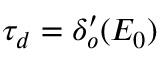
\tau _ { d } = \delta _ { o } ^ { \prime } ( E _ { 0 } )